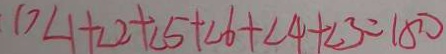
D \angle 1 + \angle 2 + \angle 5 + \angle 6 + \angle 4 + \angle 3 = 1 8 0